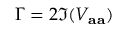
\Gamma = 2 \Im ( V _ { \mathbf { a a } } )